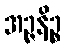
အဉ္ဇနိဉ္စ